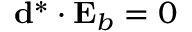
\ensuremath { \mathbf { d } } ^ { * } \cdot \ensuremath { \mathbf { E } _ { b } } = 0